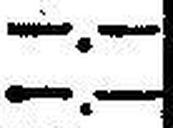
—.—